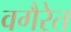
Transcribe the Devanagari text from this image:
वगैरेत